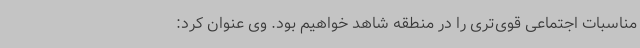
مناسبات اجتماعی قوی‌تری را در منطقه شاهد خواهیم بود. وی عنوان کرد: